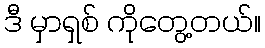
ဒီ မှာရှစ် ကိုတွေ့တယ်။